Annual report of lunatic asylums [Bombay] - 1912-1922
Year: 1912
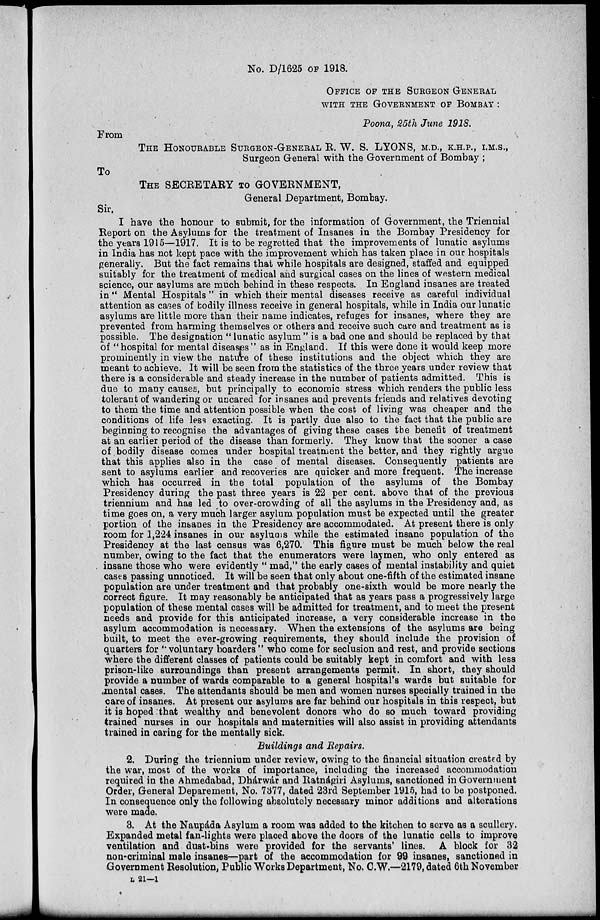
No. D/1625 OF 1918.
OFFICE OF THE SURGEON GENERAL
WITH THE GOVERNMENT OF BOMBAY:
Poona, 25th June 1918.
From
THE HONOURABLE SURGEON-GENERAL R. W. S. LYONS, M.D., K.H.P., I.M.S.,
Surgeon General with the Government of Bombay ;
To
THE SECRETARY TO GOVERNMENT,
General Department, Bombay.
Sir,
I have the honour to submit, for the information of Government, the Triennial
Report on the Asylums for the treatment of Insanes in the Bombay Presidency for
the years 1915—1917. It is to be regretted that the improvements of lunatic asylums
in India has not kept pace with the improvement which has taken place in our hospitals
generally. But the fact remains that while hospitals are designed, staffed and equipped
suitably for the treatment of medical and surgical cases on the lines of western medical
science, our asylums are much behind in these respects. In England insanes are treated
in "Mental Hospitals" in which their mental diseases receive as careful individual
attention as cases of bodily illness receive in general hospitals, while in India our lunatic
asylums are little more than their name indicates, refuges for insanes, where they are
prevented from harming themselves or others and receive such care and treatment as is
possible. The designation " lunatic asylum" is a bad one and should be replaced by that
of "hospital for mental diseases" as in England. If this were done it would keep more
prominently in view the nature of these institutions and the object which they are
meant to achieve. It will be seen from the statistics of the three years under review that
there is a considerable and steady increase in the number of patients admitted. This is
due to many causes, but principally to economic stress which renders the public less
tolerant of wandering or uncared for insanes and prevents friends and relatives devoting
to them the time and attention possible when the cost of living was cheaper and the
conditions of life less exacting. It is partly due also to the fact that the public are
beginning to recognise the advantages of giving these cases the benefit of treatment
at an earlier period of the disease than formerly. They know that the sooner a case
of. bodily disease comes under hospital treatment the better, and they rightly argue
that this applies also in the case of mental diseases. Consequently patients are
sent to asylums earlier and recoveries are quicker and more frequent. The increase
which has occurred in the total population of the asylums of the Bombay
Presidency during the past three years is 22 per cent. above that of the previous
triennium and has led to over-crowding of all the asylums in the Presidency and, as
time goes on, a very much larger asylum population must be expected until the greater
portion of the insanes in the Presidency are accommodated. At present there is only
room for 1,224 insanes in our asylums while the estimated insane population of the
Presidency at the last census was 6,270. This figure must be much below the real
number, owing to the fact that the enumerators were laymen, who only entered as
insane those who were evidently " mad," the early cases of mental instability and quiet
cases passing unnoticed. It will be seen that only about one-fifth of the estimated insane
population are under treatment and that probably one-sixth would be more nearly the
correct figure. It may reasonably be anticipated that as years pass a progressively large
population of these mental cases will be admitted for treatment, and to meet the present
needs and provide for this anticipated increase, a very considerable increase in the
asylum accommodation is necessary. When the extensions of the asylums are being
built, to meet the ever-growing requirements, they should include the provision of
quarters for "voluntary boarders" who come for seclusion and rest, and provide sections
where the different classes of patients could be suitably kept in comfort and with less
prison-like surroundings than present arrangements permit. In short, they should
provide a number of wards comparable to a general hospital's wards but suitable for
mental cases. The attendants should be men and women nurses specially trained in the
care of insanes. At present our asylums are far behind our hospitals in this respect, but
it is hoped that wealthy and benevolent donors who do so much toward providing
trained nurses in our hospitals and maternities will also assist in providing attendants
trained in caring for the mentally sick.
Buildings and Repairs.
2. During the triennium under review, owing to the financial situation created by
the war, most of the works of importance, including the increased accommodation
required in the Ahmedabad, Dhárwár and Ratnágiri Asylums, sanctioned in Government
Order, General Deparement, No. 7377, dated 23rd September 1915, had to be postponed.
In consequence only the following absolutely necessary minor additions and alterations
were made.
3. At the Naupáda Asylum a room was added to the kitchen to serve as a scullery.
Expanded metal fan-lights were placed above the doors of the lunatic cells to improve
ventilation and dust-bins were provided for the servants' lines. A block for 32
non-criminal male insanes—part of the accommodation for 99 insanes, sanctioned in
Government Resolution, Public Works Department, No. C.W.—2179, dated 6th November
L 21—1